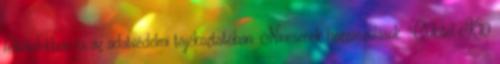
feltételekben és az adatvédelmi tájékoztatóban. Nincsenek hozzászólások. Oukitel K10